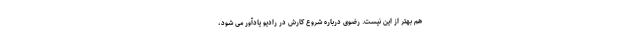
هم بهتر از این نیست. رضوی درباره شروع کارش در رادیو یادآور می شود،